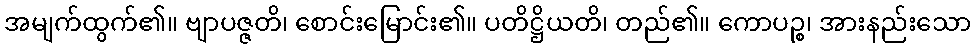
အမျက်ထွက်၏။ ဗျာပဇ္ဇတိ၊ စောင်းမြောင်း၏။ ပတိဋ္ဌိယတိ၊ တည်၏။ ကောပဉ္စ၊ အားနည်းသော